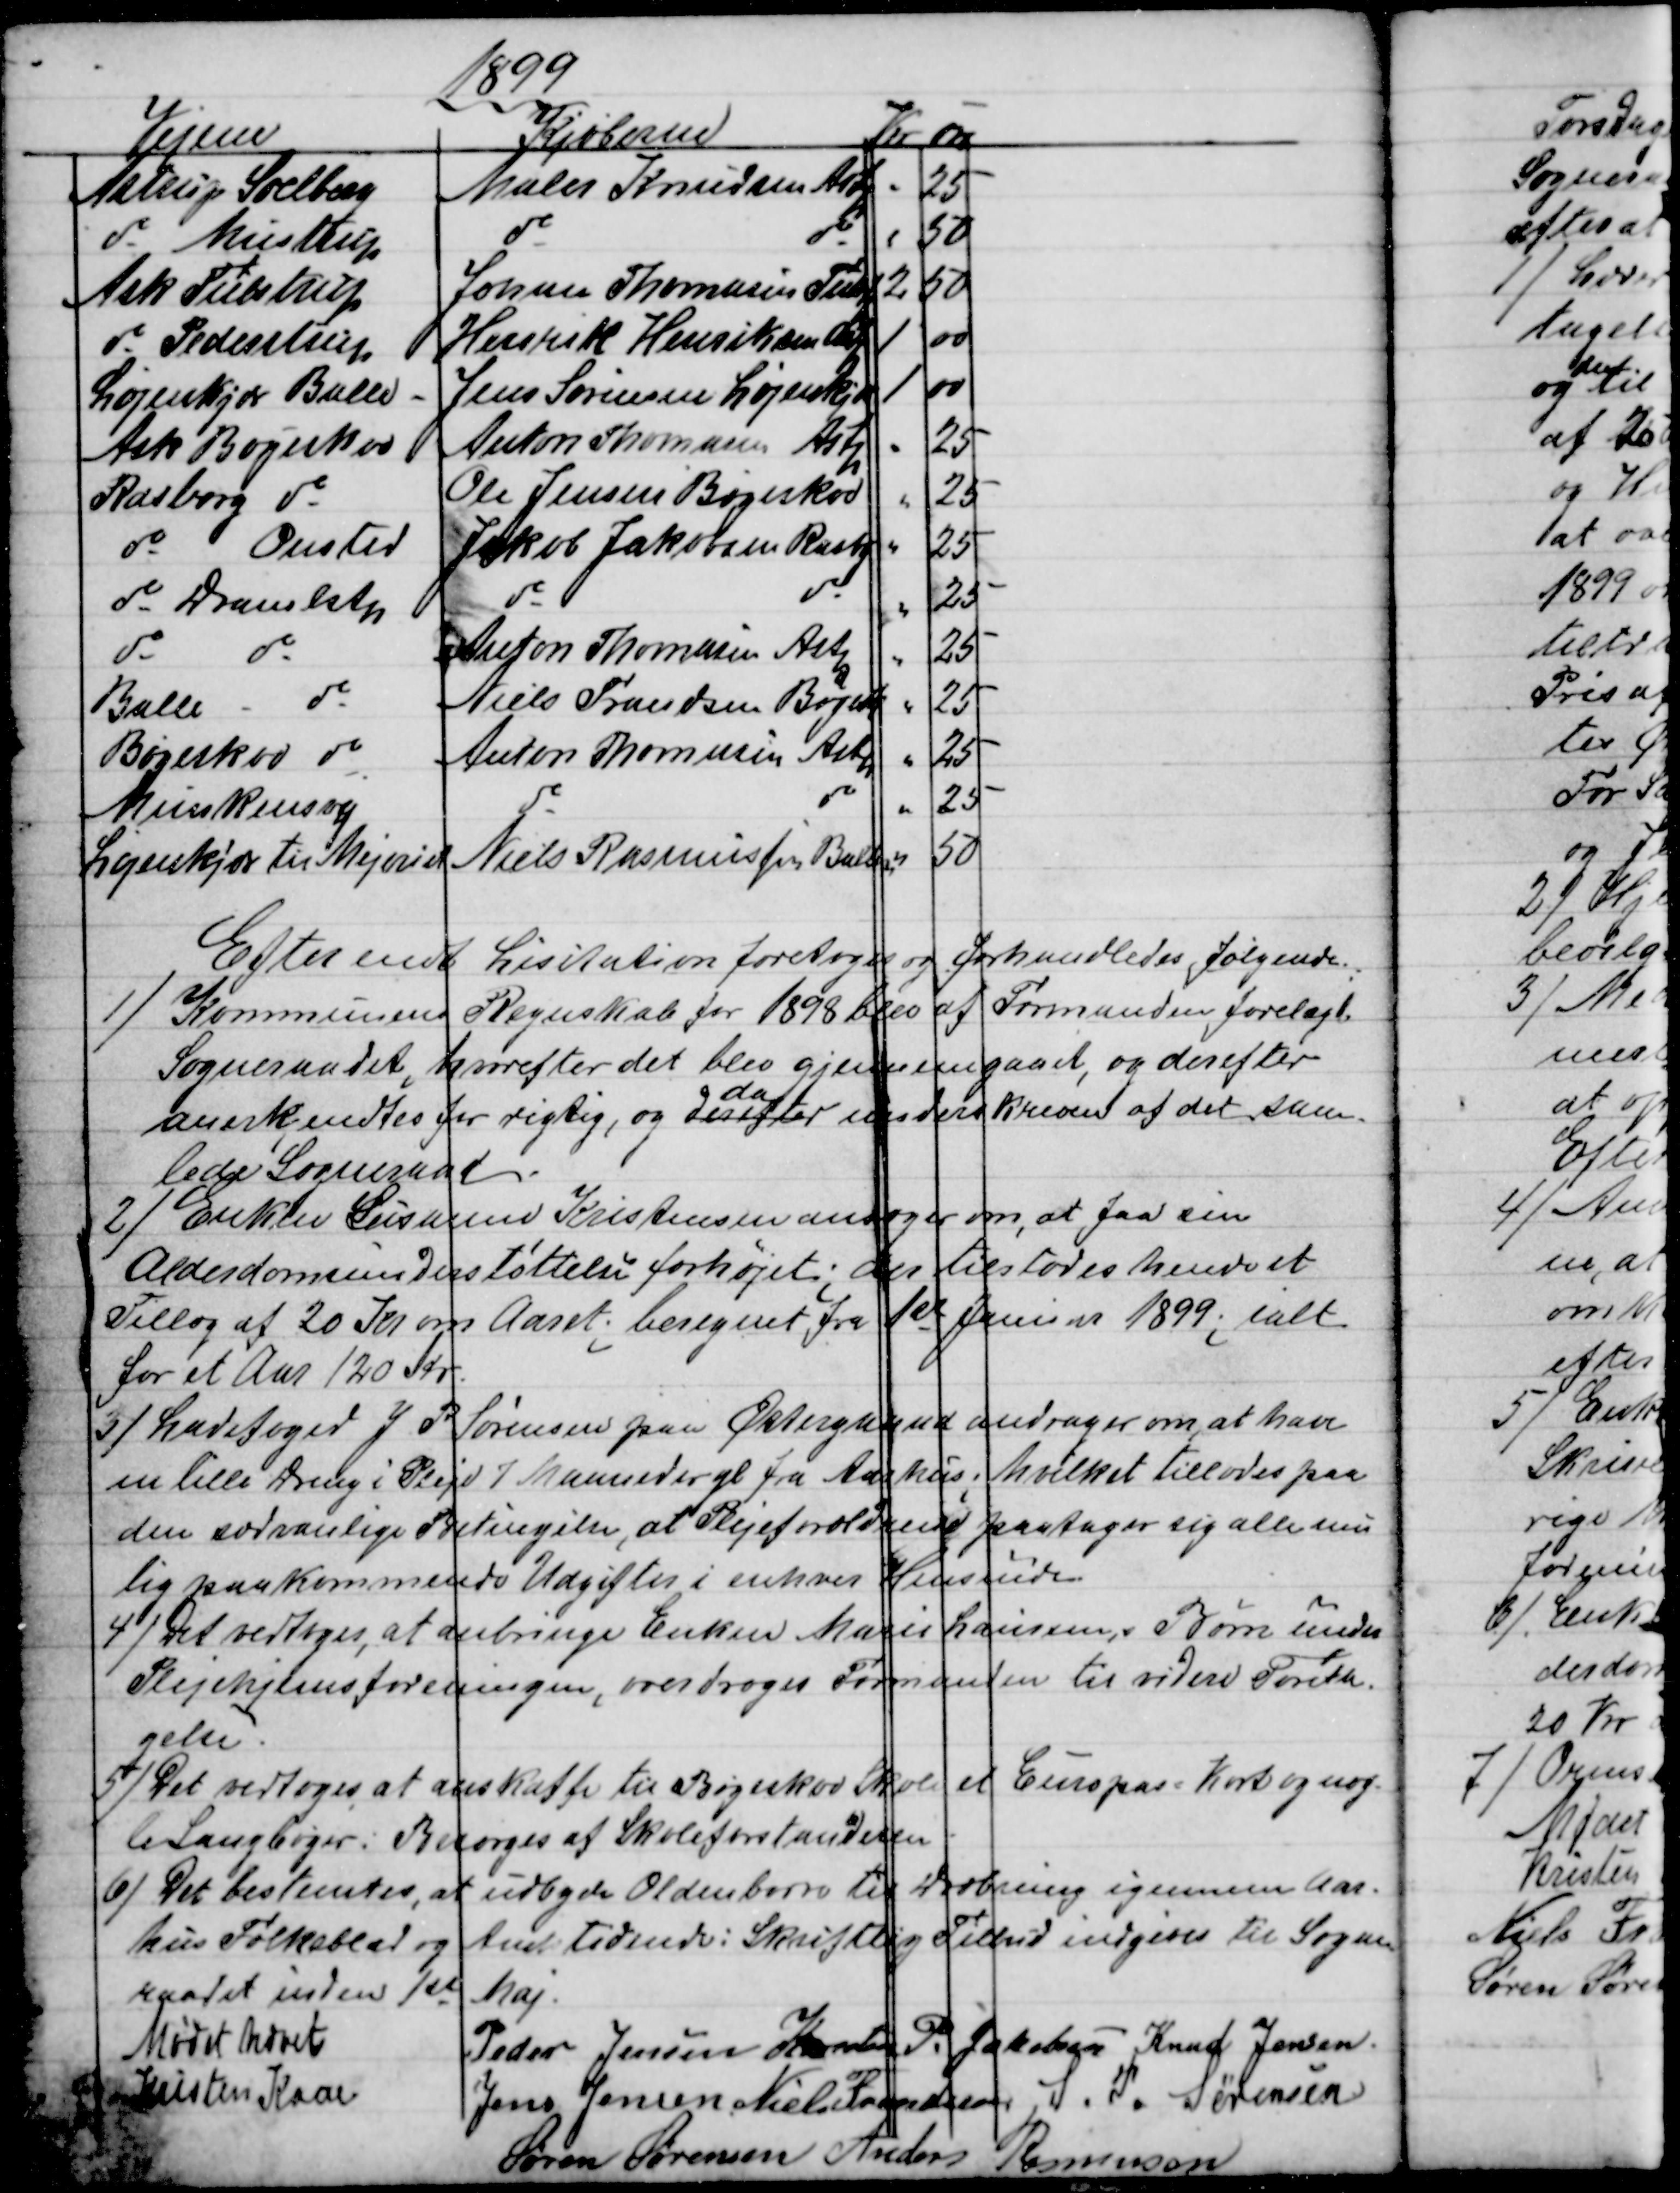
Transskription:
1899
Vejene
Kjøberne
Kr 
Øre
Astrup Soelberg
Maler Knudsen Astp
25
do Mustrup
do
do
50
Ask Tulstrup
Johan Thomasen Tulstp
 2
50
do Pederstrup
Henrik Henriksen Lkj
1
00
Løjenkjær Balle
Jens Sørensen Løjenkjær
1
00
Ask Bøgeskov
Anton Thomasen Astp
25
Rasborg do
Ole Jensen Bøgeskov
25
do 
Onsted
Jakob Jakobsen Rasbg
25
do Dramlst
do
do
25
do
do
Anton Thomasen Astp
25
Balle
do
Niels Frandsen Bøgesk
25
Bøgeskov do
Anton Thomusen Astp
25
Munkensvej
do
do
25
Løjenkjær til Mejeriet
Niels Rasmussen Ballen
50
Efter endt Lisitation foretoges og forhandledes følgende.
1)
Kommunens Regnskab for 1898 blev af Formanden forelagt
Sogneraadet, hvorefter det blev gjennemgaaet, og derefter
anerkendtes for rigtig, og derefter  
da
underskreven af det sam-
lede Sogneraad.
2)
Enken Susanne Kristensen ansøger om, at faa sin
Alderdomsunderstøttelse forhøjet; der tilstodes hende et
Tillæg af 20 Kr om Aaret; beregnet fra 1st Januar 1899; ialt
for et Aar 120 Kr.
3)
Ladefoged J P Sørensen paa Østergaard andrager om at have
en lille Dreng i Pleje 7 Maaneder gl fra Aarhus; hvilket tillodes paa
den sædvanlige Betingelse, at Plejeforældende paatager sig alle mu
lig paakommende Udgifter i enhver Henseende.
4)
Det vedtoges at anbringe Enken Marie Laursens Børn under
Plejehjemsforeningen, overdroges Formanden til videre Foreta-
gelse.
5)
Det vedtoges at anskaffe til Bøgeskov Skole et Europas=Kort og nog-
le Sangbøger: Besørges af Skoleforstanderen
6)
Det bestemtes, at udbyde Oldenborre til Dræbning igennem Aar-
hus Folkeblad og Amtstidende: Skriftlig Tilbud indgives til Sogne-
raadet inden 1st Maj
Mødet hævet
Peder Jensen  Kresten P. Jakobsen  Knud Jensen.
Kristen Kaae
Jens Jensen  Niels Frandsen  S. P. Sørensen
Søren Sørensen  Anders Rasmussen